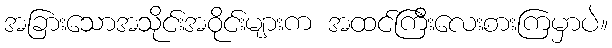
အခြားသောအသိုင်းအဝိုင်းများက အထင်ကြီးလေးစားကြမှာပဲ။